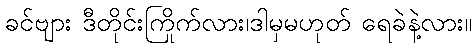
ခင်ဗျား ဒီတိုင်းကြိုက်လား၊ဒါမှမဟုတ် ရေခဲနဲ့လား။